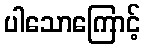
ပါသောကြောင့်